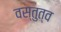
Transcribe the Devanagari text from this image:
वस्तुत्व